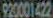
920001422